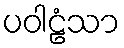
ပဝါဠံသာ